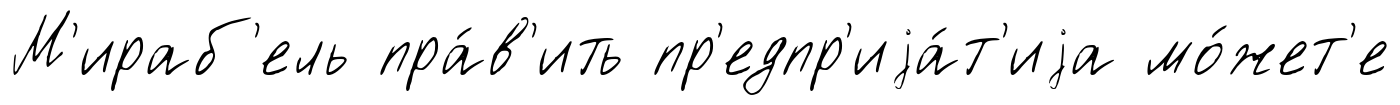
М'ираб'ель пра́в'ить пр'едпр'иjа́т'иjа мо́жет'е